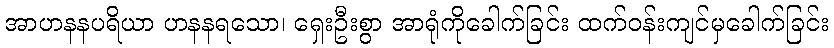
အာဟနနပရိယာ ဟနနရသော၊ ရှေးဦးစွာ အာရုံကိုခေါက်ခြင်း ထက်ဝန်းကျင်မှခေါက်ခြင်း